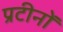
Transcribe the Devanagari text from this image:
प्रटीनों